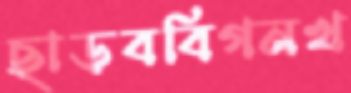
ছাড়ববিগনখ